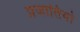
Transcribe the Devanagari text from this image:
प्रजातियो